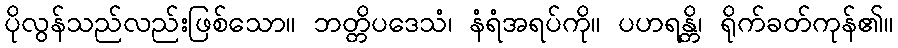
ပိုလွန်သည်လည်းဖြစ်သော။ ဘတ္တိပဒေသံ၊ နံရံအရပ်ကို။ ပဟရန္တိ၊ ရိုက်ခတ်ကုန်၏။